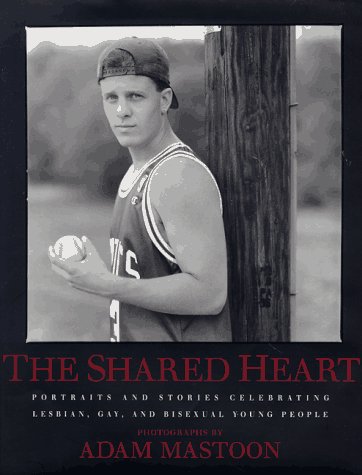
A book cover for The Shared Heart: Portraits And Stories Celebrating Lesbian, Gay, And Bisexual Young People; Adam Mastoon; Gay & Lesbian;